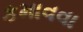
કમાવવા